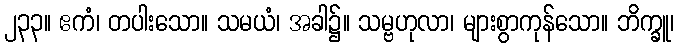
၂၃၃။ ဧကံ၊ တပါးသော။ သမယံ၊ အခါ၌။ သမ္ဗဟုလာ၊ များစွာကုန်သော။ ဘိက္ခူ၊